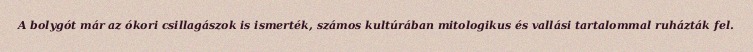
A bolygót már az ókori csillagászok is ismerték, számos kultúrában mitologikus és vallási tartalommal ruházták fel.